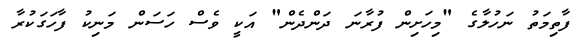
ފާތިމަތު ނަހުލާގެ "މިހަށިން ފުރާނަ ދަންދެން" އަކީ ވެސް ހަސަން މަނިކު ފާހަގަކުރާ